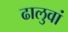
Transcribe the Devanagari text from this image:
ढालुवां